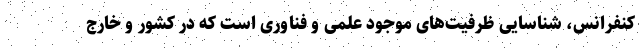
کنفرانس، شناسایی ظرفیت‌های موجود علمی و فناوری است که در کشور و خارج